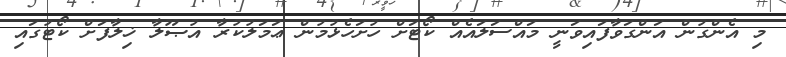
މި އެންގުން އަންގަވާފައިވަނީ މައްސަލައެއް ކޯޓަށް ހުށަހެޅުމުން ޢަމަލުކުރާ އުޞޫލާ ޚިލާފަށް ކޯޓުގައި